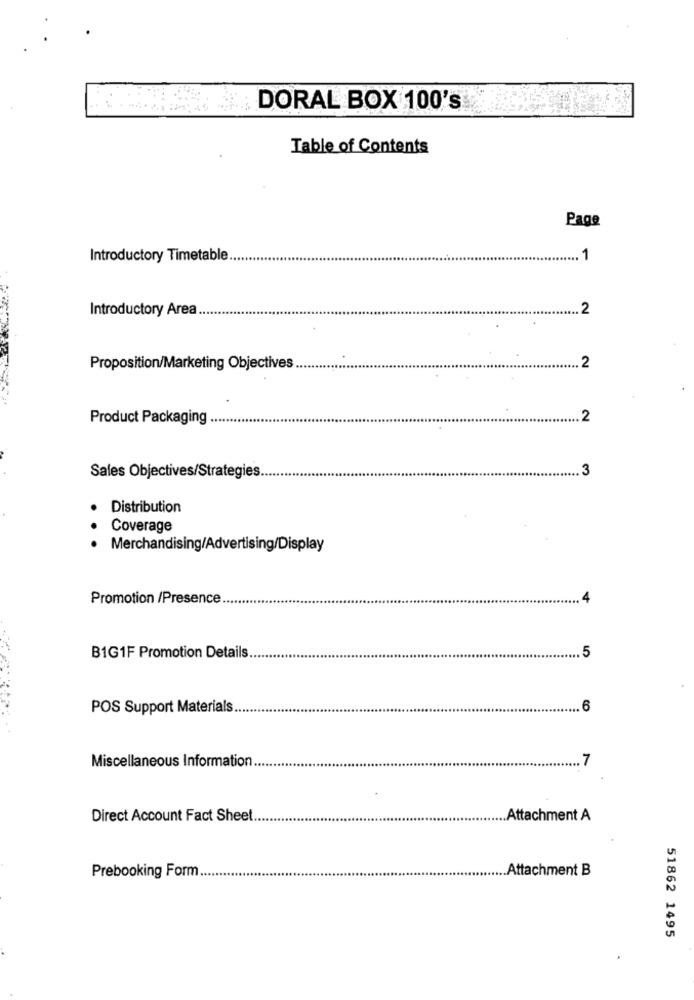
DORAL BOX 100's
Table of Contents
Page
Introductory Timetable.
1
Introductory Area
2
Proposition/Marketing Objectives
2
Product Packaging .
2
3
Sales Objectives/Strategies.
Distribution
..
Coverage
Merchandising/Advertising/Display
Promotion /Presence
.5
B1G1F Promotion Details
POS Support Materials
6
7
Miscellaneous Information ..
Direct Account Fact Sheet
Attachment A
Prebooking Form
.Attachment B
51862 1495